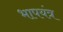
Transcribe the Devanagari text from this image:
भापयंत्र